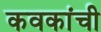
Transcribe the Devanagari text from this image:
कवकांची